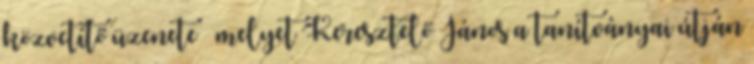
közvetítő üzenete – melyet Keresztelő János a tanítványai útján